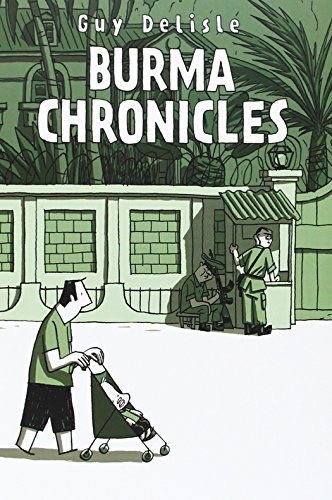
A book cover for Burma Chronicles; Guy Delisle; Comics & Graphic Novels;